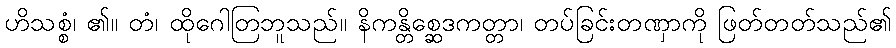
ဟိသစ္စံ၊ ၏။ တံ၊ ထိုဂေါတြဘူသည်။ နိကန္တိစ္ဆေဒကတ္တာ၊ တပ်ခြင်းတဏှာကို ဖြတ်တတ်သည်၏